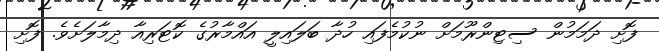
ފޮށި ދަމަމުން ސިޓިންރޫމަށް ނުކުމެފައި ހުދާ ބަލައިލީ އައްމާރުގެ ކޮޓަރިއާ ދިމާލަށެވެ. ފޮށި